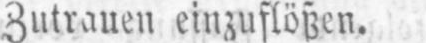
Zutrauen einzuflößen.